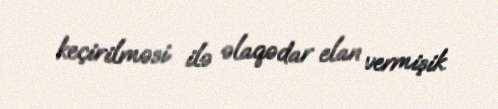
keçirilməsi ilə əlaqədar elan vermişik.